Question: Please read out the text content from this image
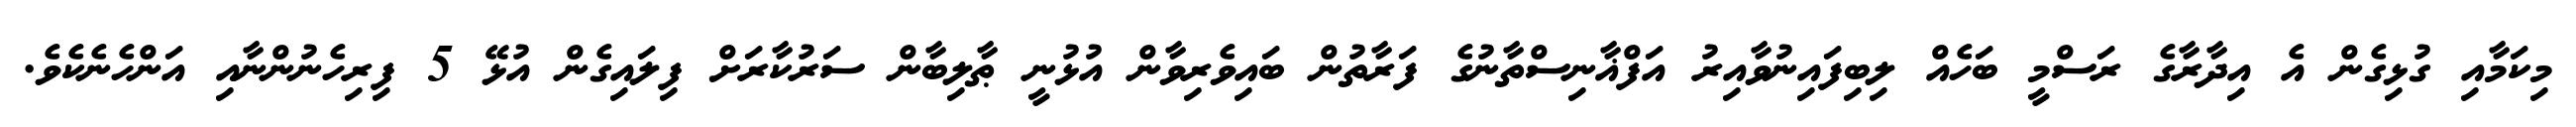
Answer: މިކަމާއި ގުޅިގެން އެ އިދާރާގެ ރަސްމީ ބަހެއް ލިބިފައިނުވާއިރު އަފްޣާނިސްތާނުގެ ފަރާތުން ބައިވެރިވާން އުޅުނީ ޠާލިބާން ސަރުކާރަށް ފިލައިގެން އުޅޭ 5 ފިރިހެނުންނާއި އަންހެނެކެވެ.